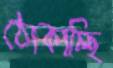
ঠোকাচ্ছি